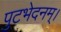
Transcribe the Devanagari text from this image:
पुटभेदनम्।